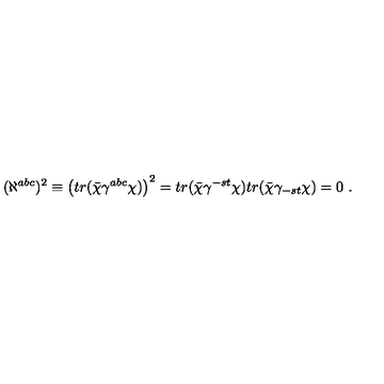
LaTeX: ( \aleph ^ { a b c } ) ^ { 2 } \equiv \left( t r ( \bar { \chi } \gamma ^ { a b c } \chi ) \right) ^ { 2 } = t r ( \bar { \chi } \gamma ^ { - s t } \chi ) t r ( \bar { \chi } \gamma _ { - s t } \chi ) = 0 \ .